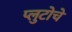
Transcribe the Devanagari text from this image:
प्लुटोचे